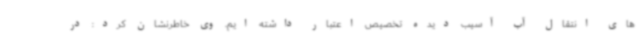
های انتقال آب آسیب دیده تخصیص اعتبار داشته ایم. وی خاطرنشان کرد: در